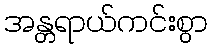
အန္တရာယ်ကင်းစွာ